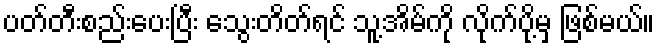
ပတ်တီးစည်းပေးပြီး သွေးတိတ်ရင် သူ့အိမ်ကို လိုက်ပို့မှ ဖြစ်မယ်။